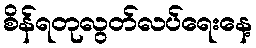
စိန်ရတုလွတ်လပ်ရေးနေ့